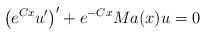
LaTeX: \begin{align*}\bigl{(}e^{Cx} u'\bigr{)}' + e^{-Cx} M a(x) u = 0\end{align*}